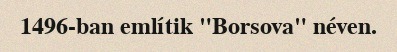
1496-ban említik "Borsova" néven.